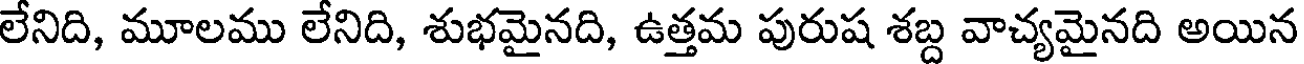
లేనిది, మూలము లేనిది, శుభమైనది, ఉత్తమ పురుష శబ్ద వాచ్యమైనది అయిన